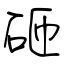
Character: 砸